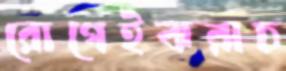
রোগেইঝরাচ